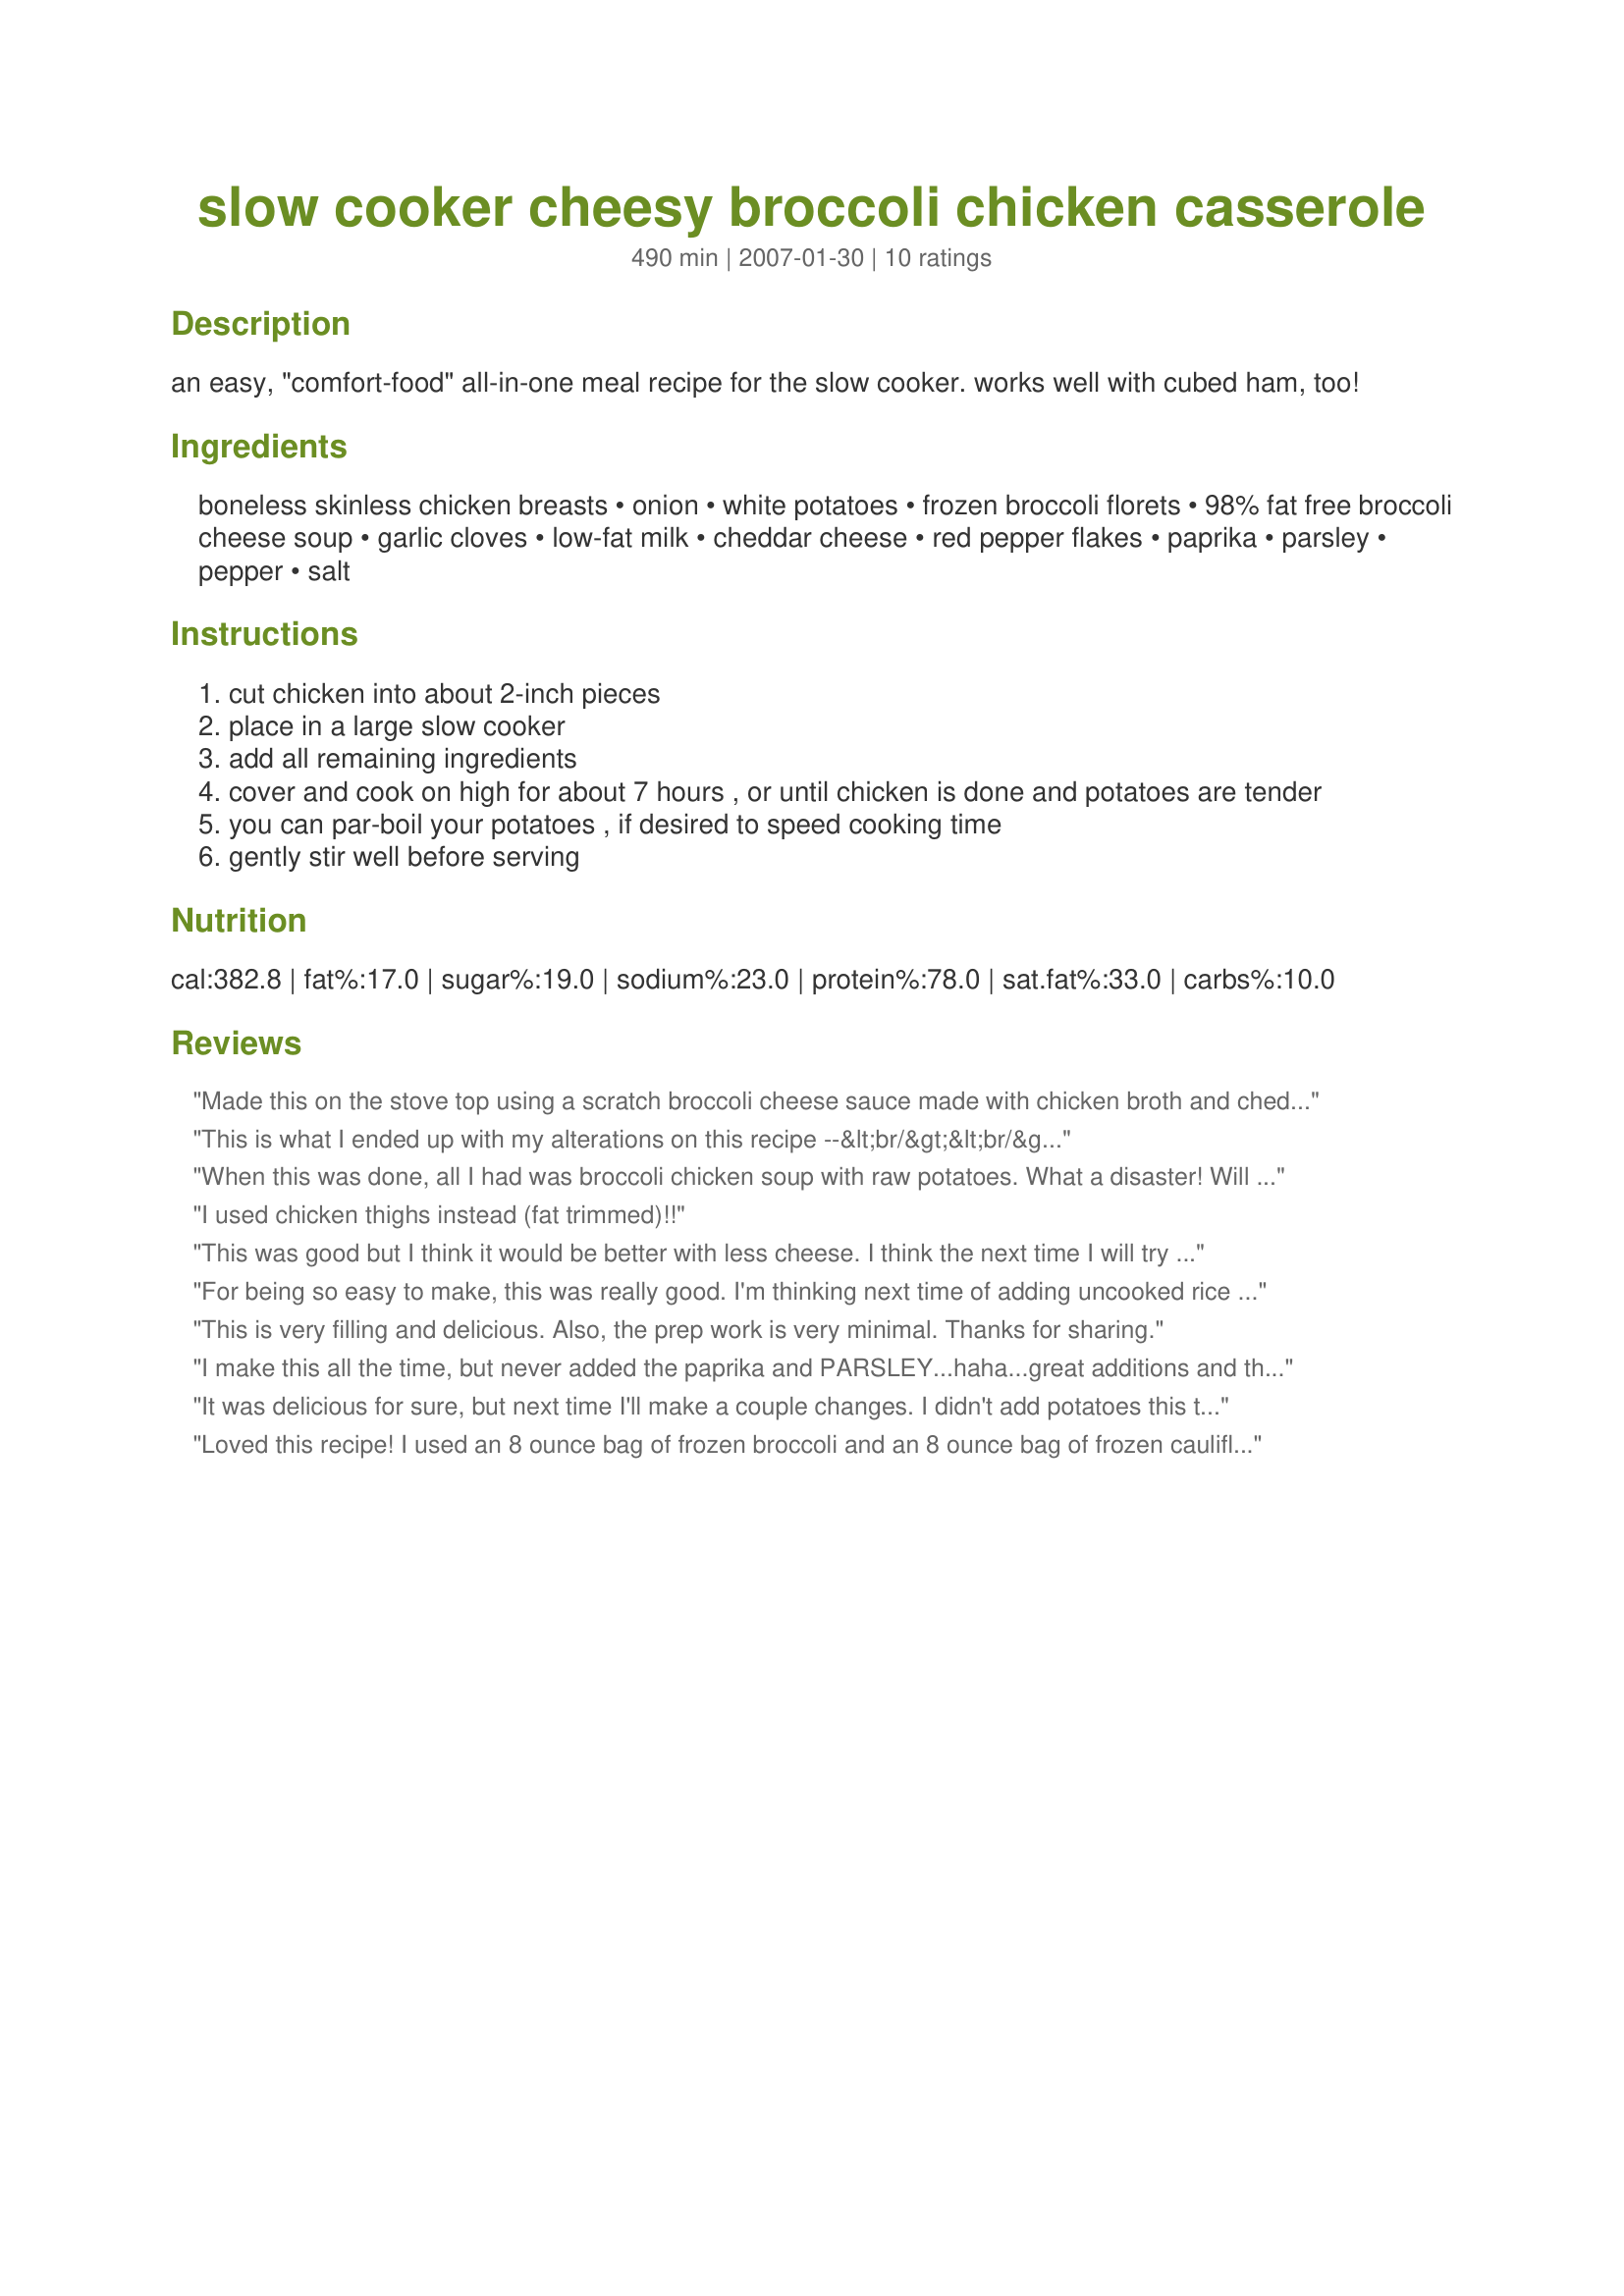
slow cooker cheesy broccoli chicken casserole
Preparation time: 490 minutes

an easy, "comfort-food" all-in-one meal recipe for the slow cooker. works well with cubed ham, too!

Ingredients:
boneless skinless chicken breasts, onion, white potatoes, frozen broccoli florets, 98% fat free broccoli cheese soup, garlic cloves, low-fat milk, cheddar cheese, red pepper flakes, paprika, parsley, pepper, salt

Steps:
cut chicken into about 2-inch pieces
place in a large slow cooker
add all remaining ingredients
cover and cook on high for about 7 hours , or until chicken is done and potatoes are tender
you can par-boil your potatoes , if desired to speed cooking time
gently stir well before serving

Reviews:
Made this on the stove top using a scratch broccoli cheese sauce made with chicken broth and cheddar. I used crisp fresh broccoli and would never make this in my slow cooker. Couldn't give up the fresh tastes and perfectly cooked vegetables and chicken breast. Wonderful flavors, Parsley.
This is what I ended up with my alterations on this recipe --&lt;br/&gt;&lt;br/&gt;SLOW COOKER CHEESY BROCCOLI CHICKEN CASSEROLE&lt;br/&gt;&lt;br/&gt;6	skinless chicken breasts, cut into pieces &lt;br/&gt;1	onion, chopped &lt;br/&gt;6	red potatoes, peeled and cut into cubes&lt;br/&gt;2 10 3/4 oz. cans cream of broccoli soup, undiluted &lt;br/&gt;3-4 garlic cloves, minced &lt;br/&gt;1/2	c. cooking sherry&lt;br/&gt;1/2	t. red pepper flakes, use more to taste &lt;br/&gt;3/4 t. paprika &lt;br/&gt;2 1/2 t. parsley &lt;br/&gt;24 oz. frozen cut broccoli &lt;br/&gt;8	oz. grated asiago cheese &lt;br/&gt;pepper, to taste &lt;br/&gt;salt, if needed, to taste &lt;br/&gt;&lt;br/&gt;Cut chicken into about 1-inch pieces. Place in a large slow cooker. &lt;br/&gt; &lt;br/&gt;Add all remaining ingredients, except broccoli and asiago cheese. Cover and cook on LOW for about 7 hours, or until chicken is done and potatoes are tender. &lt;br/&gt; &lt;br/&gt;During last hour, add the frozen broccoli and the Asiago cheese. &lt;br/&gt; &lt;br/&gt;Gently stir well before serving.
When this was done, all I had was broccoli chicken soup with raw potatoes. What a disaster! Will never make this again.
I used chicken thighs instead (fat trimmed)!!
This was good but I think it would be better with less cheese. I think the next time I will try to use a can of something like cream of chicken soup in place of one of the cans of broccoli cheese soup.
For being so easy to make, this was really good. I'm thinking next time of adding uncooked rice rather than potatoes...I think there is enough juice during cooking time for the rice to absorb. Also, I used cream of chicken soup because I didn't have cream of broccoli on hand...worked just fine. Thanks for any easy but good meal:)
This is very filling and delicious. Also, the prep work is very minimal. Thanks for sharing.
I make this all the time, but never added the paprika and PARSLEY...haha...great additions and thank you!

Made this again and I always omit the cheddar cheese, so it typically lacks in color. This time, I tossed in some orange cauliflower instead of the potatoes and it was beautiful. Delicious too, of course! Thanks again for the new recipe...we're enjoying it to no end.
It was delicious for sure, but next time I'll make a couple changes. I didn't add potatoes this time, and won't again next time. I'm not sure on the cooking time without them though, but I'll be lowering next time. I will also be leaving out the milk as I found it too soupy.
Loved this recipe! I used an 8 ounce bag of frozen broccoli and an 8 ounce bag of frozen cauliflower instead of all broccoli. It was super fast to prepare and made a lot of food!
